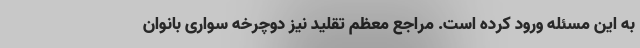
به این مسئله ورود کرده است. مراجع معظم تقلید نیز دوچرخه سواری بانوان